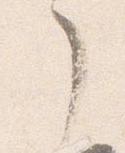
了